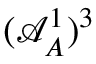
( \mathcal { A } _ { A } ^ { 1 } ) ^ { 3 }